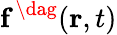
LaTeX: \textbf{f}^{\, \dag}(\textbf{r},t)